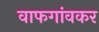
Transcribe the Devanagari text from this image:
वाफगांवकर